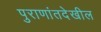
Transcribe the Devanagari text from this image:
पुराणांतदेखील